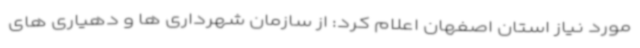
مورد نیاز استان اصفهان اعلام کرد: از سازمان شهرداری ها و دهیاری های